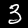
Digit: 3